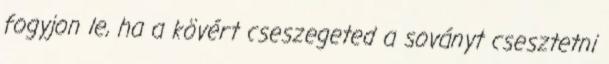
fogyjon le, ha a kövért cseszegeted a soványt csesztetni